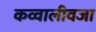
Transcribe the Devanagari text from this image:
कव्वालीवजा